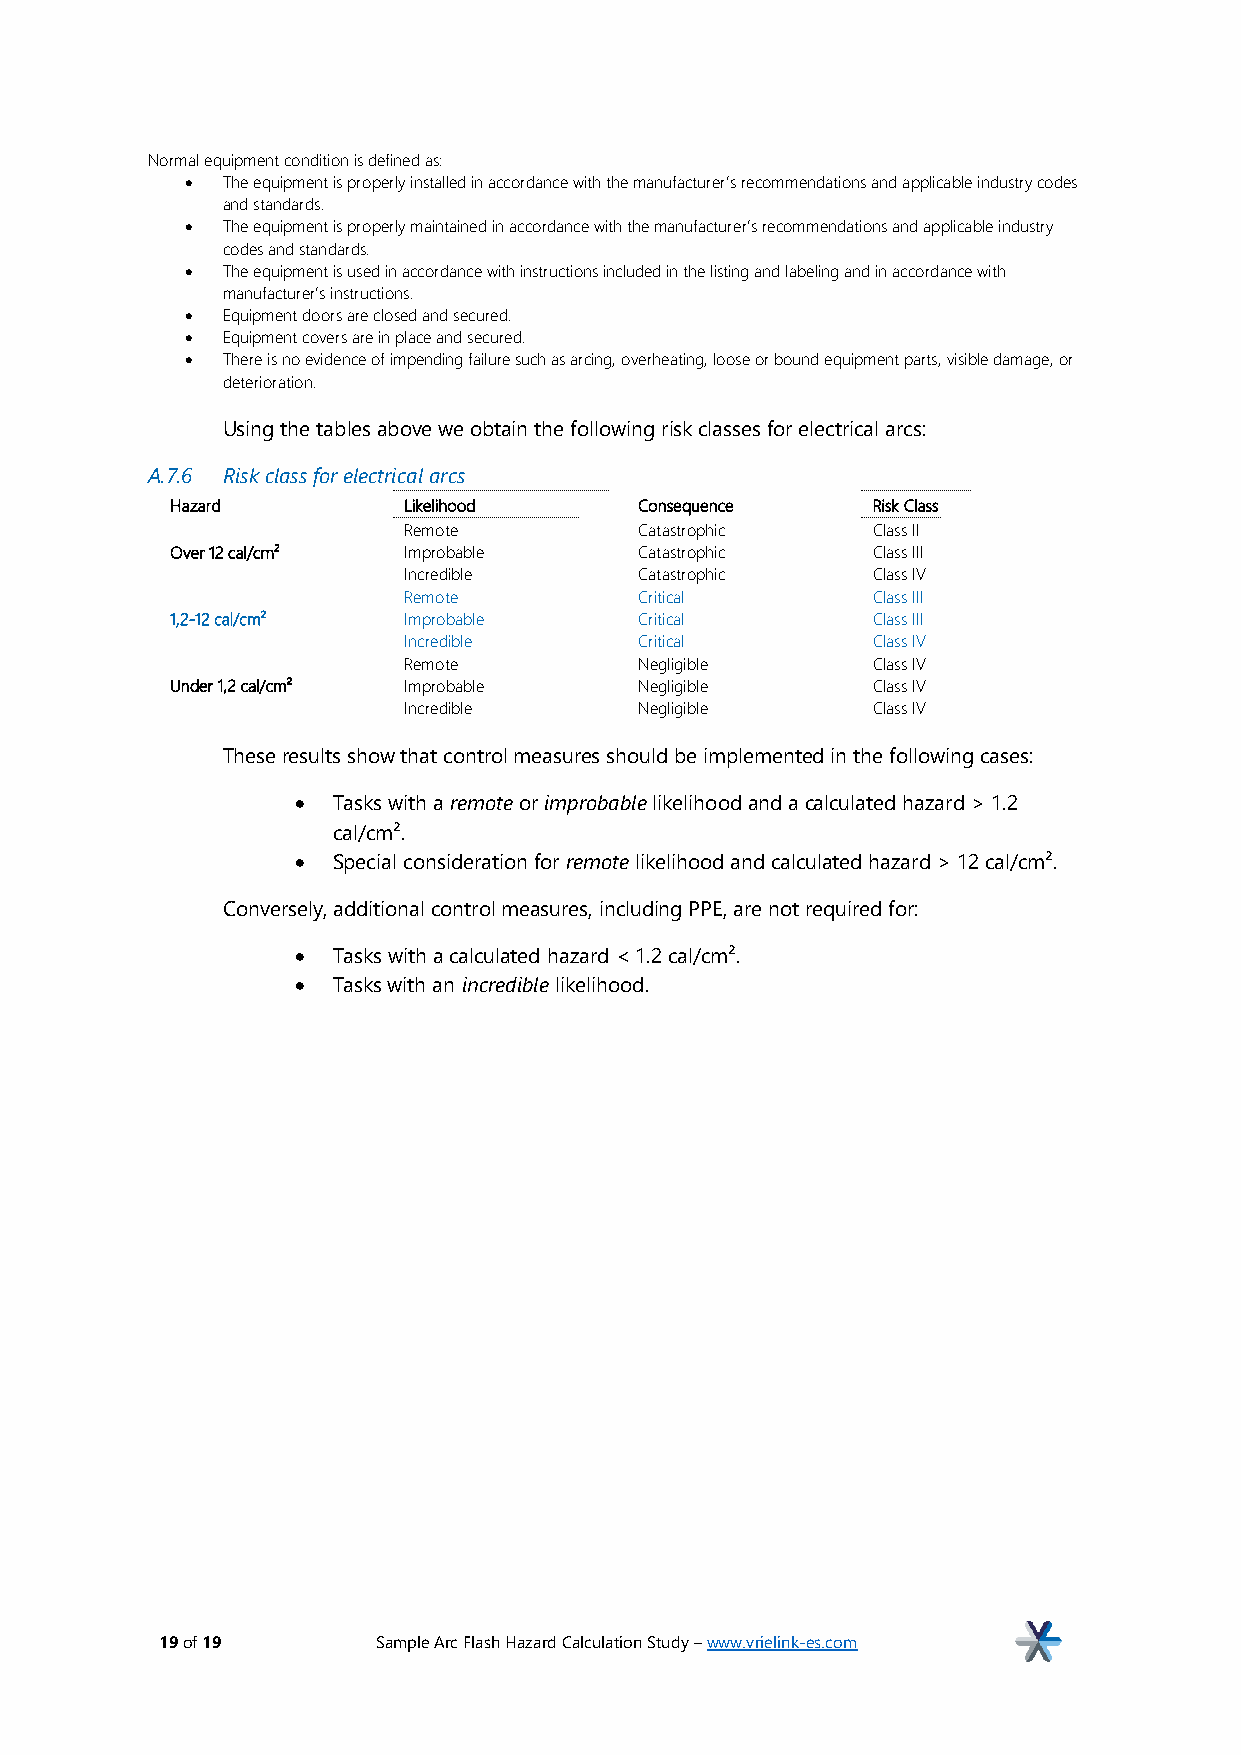
Normal equipment condition is defined as:
 •  The equipment is properly installed in accordance with the manufacturer’s recommendations and applicable industry codes
 and standards.
 •  The equipment is properly maintained in accordance with the manufacturer’s recommendations and applicable industry
 codes and standards.
 •  The equipment is used in accordance with instructions included in the listing and labeling and in accordance with
 manufacturer’s instructions.
 •  Equipment doors are closed and secured.
 •  Equipment covers are in place and secured.
 •  There is no evidence of impending failure such as arcing, overheating, loose or bound equipment parts, visible damage, or
 deterioration.
 Using the tables above we obtain the following risk classes for electrical arcs:
 A.7.6 Risk class for electrical arcs
 Hazard          Likelihood     Consequence     Risk Class
 Remote         Catastrophic    Class II
 Over 12 cal/cm² Improbable     Catastrophic    Class III
 Incredible     Catastrophic    Class IV
 Remote         Critical        Class III
 1,2-12 cal/cm²  Improbable     Critical        Class III
 Incredible     Critical        Class IV
 Remote         Negligible      Class IV
 Under 1,2 cal/cm² Improbable   Negligible      Class IV
 Incredible     Negligible      Class IV
 These results show that control measures should be implemented in the following cases:
 • Tasks with a remote or improbable likelihood and a calculated hazard > 1.2
 cal/cm².
 • Special consideration for remote likelihood and calculated hazard > 12 cal/cm².
 Conversely, additional control measures, including PPE, are not required for:
 • Tasks with a calculated hazard < 1.2 cal/cm².
 • Tasks with an incredible likelihood.
 19 of 19      Sample Arc Flash Hazard Calculation Study – www.vrielink-es.com